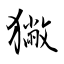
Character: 獙